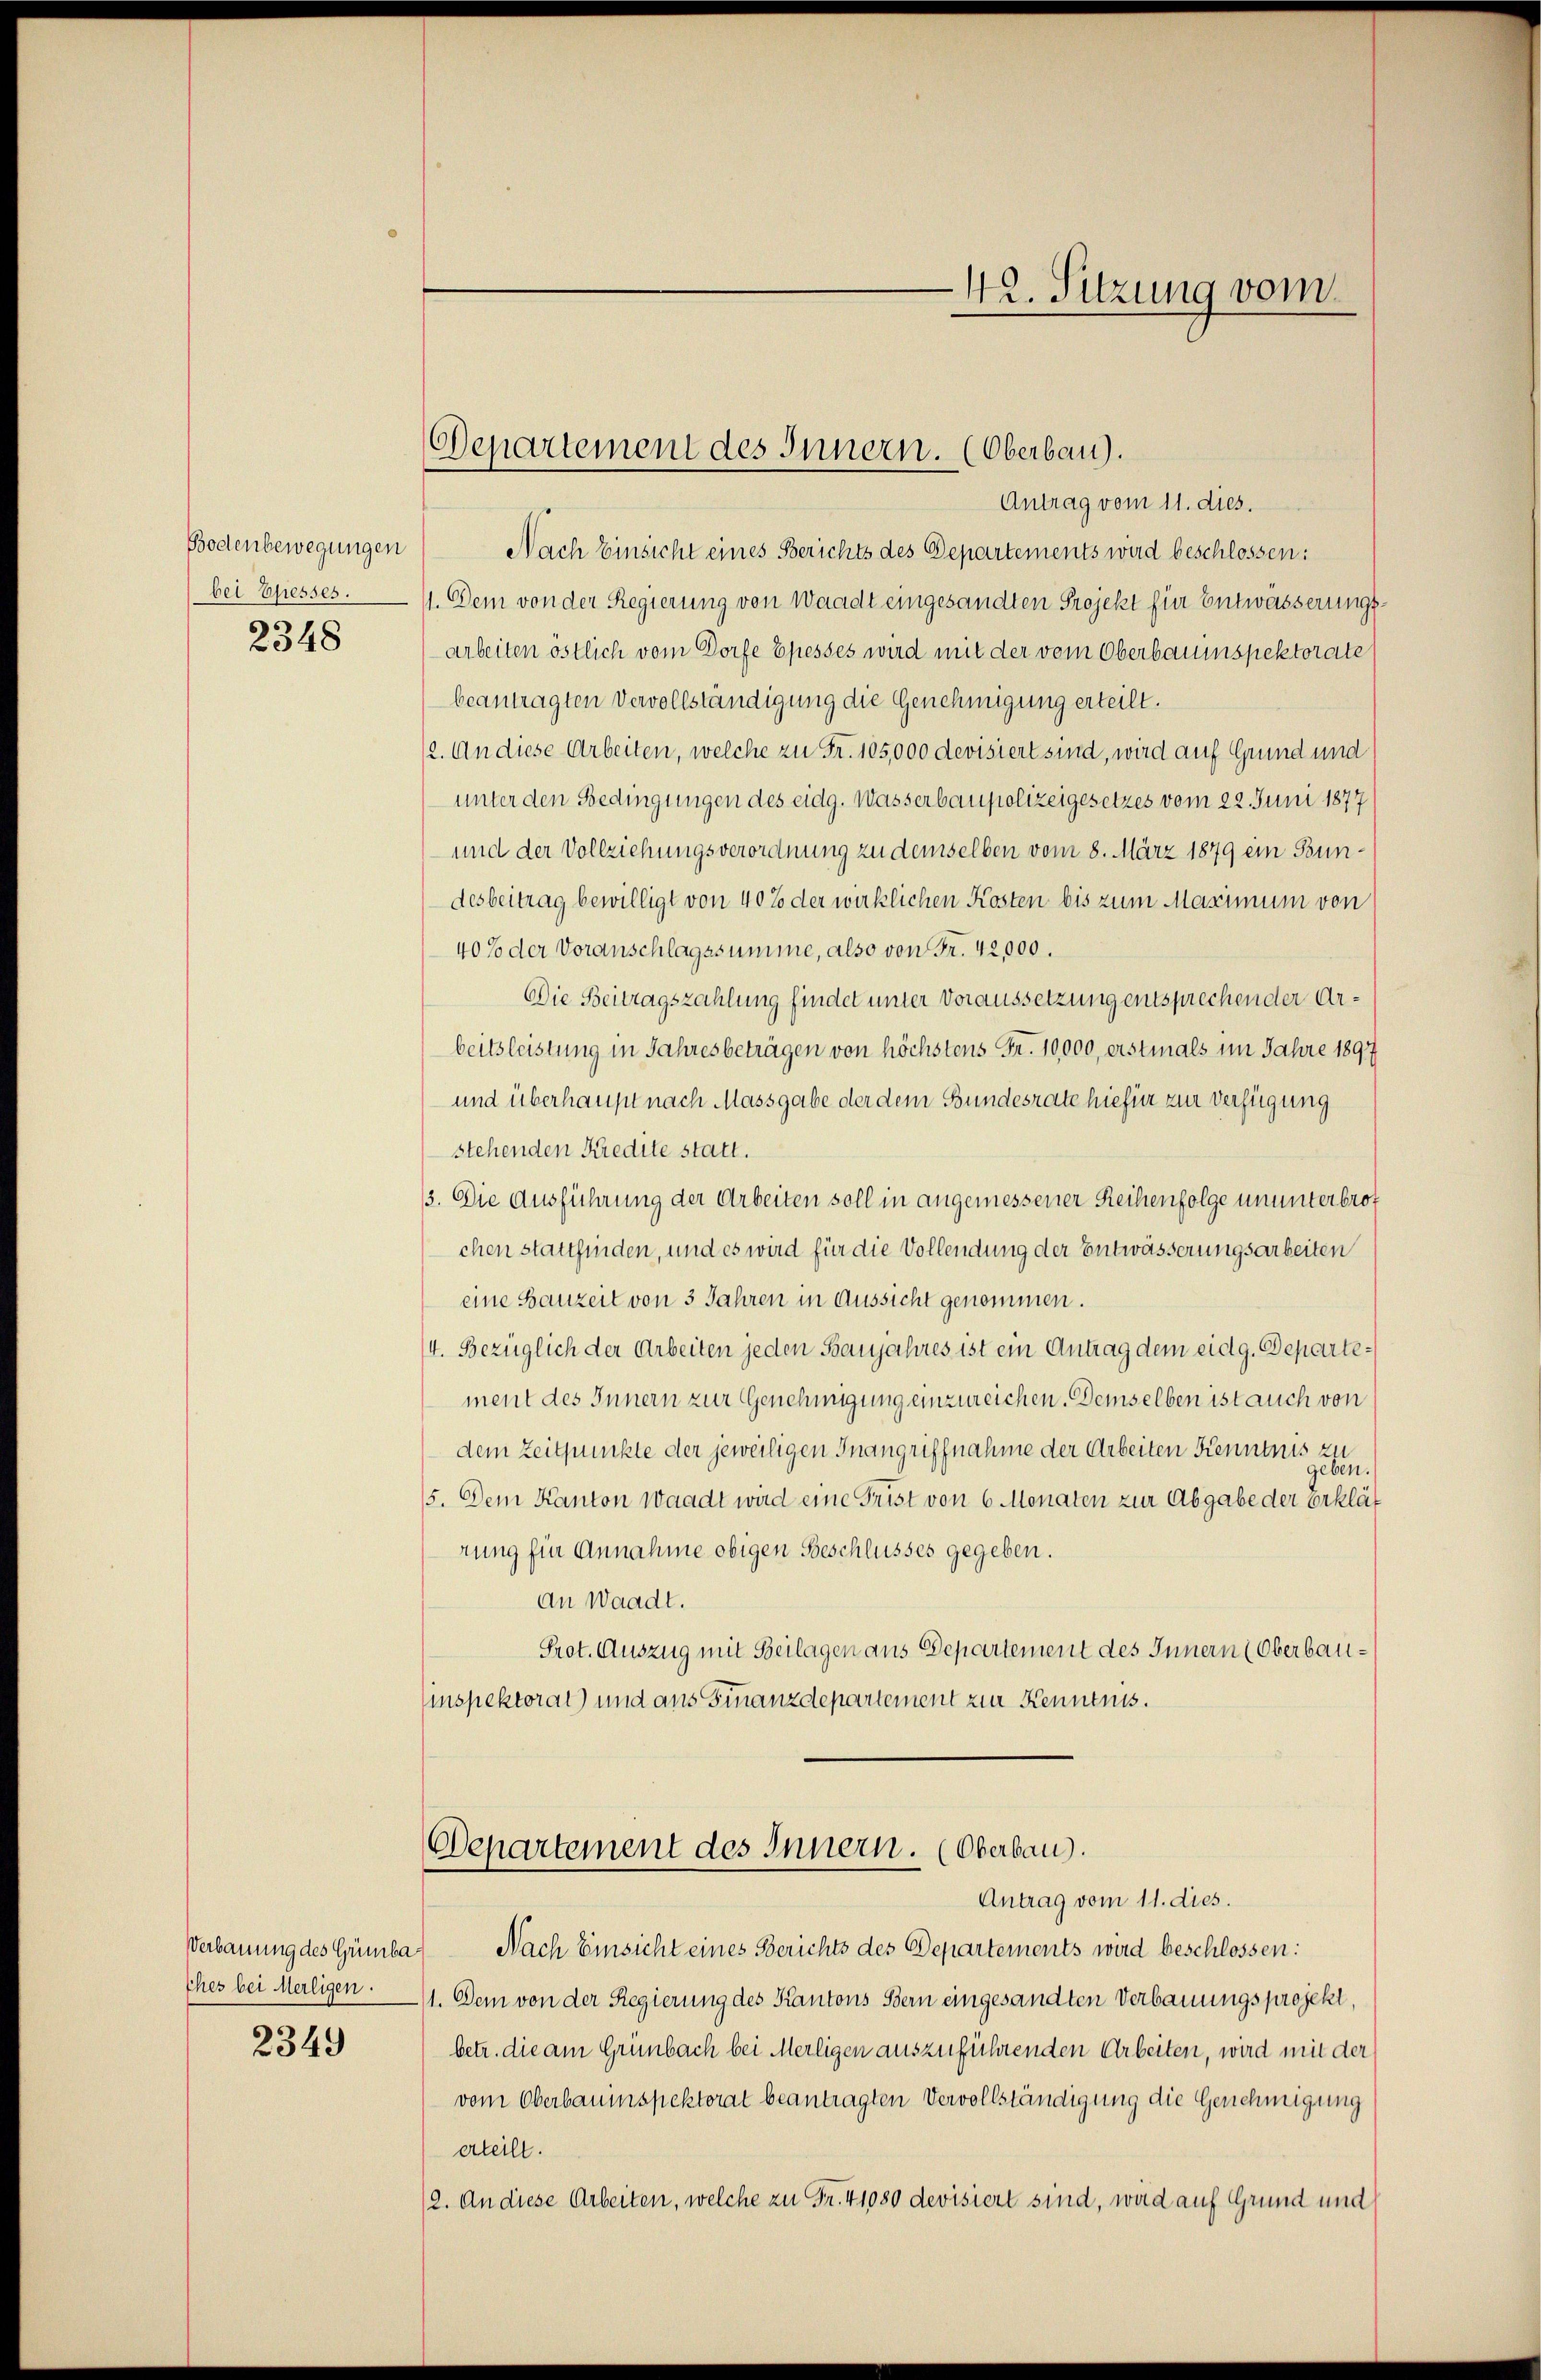
Bodenbewegungen
bei Ehesses.
2348

thes bei Merligen.

2349

Departement des Innern. (Oberbau).

Antrag vom 11. dies.
Nach Einsicht eines Berichts des Departements wird beschlossen:
11. Dem von der Regierung von Waadt eingesandten Projekt für Entwässerungsarbeiten östlich vom Dorfe Epesses wird mit der vom Oberbauenspektorate
beantragten Vervollständigung die Genehmigung erteilt.
2. An diese Arbeiten, welche zu Fr. 105,000 devisiert sind, wird auf Grund und
unter den Bedingungen des eidg. Wasserbaupolizeigesetzes vom 22. Juni 1877
und der Vollziehungsverordnung zu demselben vom 8. März 1879 ein Bundesbeitrag bewilligt von 40% der wirklichen Kosten bis zum Maximum von
40% der Voranschlagssumme, also von Fr. 42,000.
Die Beitragszahlung findet unter Voraussetzung entsprechender Arbeitsleistung in Jahresbeträgen von höchstens Fr. 10,000, erstmals im Jahre 1897
und überhaupt nach Massgabe der dem Bundesrate hiefür zur Verfügung
stehenden Kredite statt.
3. Die Ausführung der Arbeiten soll in angemessener Reihenfolge ununterbrot
chen stattfinden, und es wird für die Vollendung der Entwässerungsarbeiten
eine Bauzeit von 3 Jahren in Aussicht genommen.
4. Bezüglich der Arbeiten jeden Banjahres ist ein Antrag dem eidg. Departement des Innern zur Genehmigung einzureichen. Demselben ist auch von
dem Zeitpunkte der jeweiligen Inangriffnahme der Arbeiten Kenntnis zu
geben.
5. Dem Kanton Waadt wird eine Frist von 6 Monaten zur Abgabe der erklät
rung für Annahme obigen Beschlusses gegeben.
an Waadt.
Prot. Auszug mit Beilagen aus Departement des Innern (Oberbau¬
Einspektorat) und aus Finanzdepartement zur Kenntnis.
Departement des Innern. (Oberbau).
Antrag vom 11. dies.
Verbauung des Gümba) Nach Einsicht eines Berichts des Departements wird beschlossen:
11. Dem von der Regierung des Kantons Bern eingesandten Verbauungsprojekt,
betr. die am Grünbach bei Merligen auszuführenden Arbeiten, wird mit der
vom Oberbauinspektorat beantragten Vervollständigung die Genehmigung
erteilt.
(2. An diese Arbeiten, welche zu Fr. 41080 devisiert sind, wird auf Grund und

42. Sitzung vom